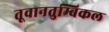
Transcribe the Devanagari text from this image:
तूवानतुम्बिकल